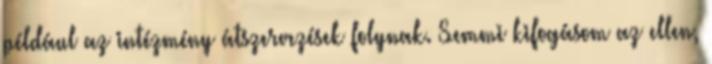
például az intézmény átszervezések folynak. Semmi kifogásom az ellen,